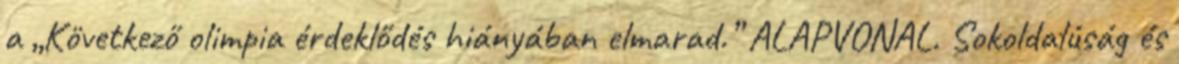
a „Következő olimpia érdeklődés hiányában elmarad.” ALAPVONAL. Sokoldalúság és